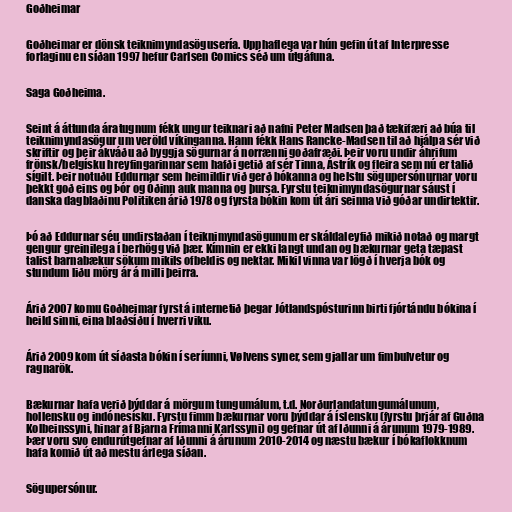
Goðheimar

Goðheimar er dönsk teiknimyndasögusería. Upphaflega var hún gefin út af Interpresse
forlaginu en síðan 1997 hefur Carlsen Comics séð um útgáfuna.

Saga Goðheima.

Seint á áttunda áratugnum fékk ungur teiknari að nafni Peter Madsen það tækifæri að búa til
teiknimyndasögur um veröld víkinganna. Hann fékk Hans Rancke-Madsen til að hjálpa sér við
skriftir og þeir ákváðu að byggja sögurnar á norrænni goðafræði. Þeir voru undir áhrifum
frönsk/belgísku hreyfingarinnar sem hafði getið af sér Tinna, Ástrík og fleira sem nú er talið
sígilt. Þeir notuðu Eddurnar sem heimildir við gerð bókanna og helstu sögupersónurnar voru
þekkt goð eins og Þór og Óðinn auk manna og þursa. Fyrstu teiknimyndasögurnar sáust í
danska dagblaðinu Politiken árið 1978 og fyrsta bókin kom út ári seinna við góðar undirtektir.

Þó að Eddurnar séu undirstaðan í teiknimyndasögunum er skáldaleyfið mikið notað og margt
gengur greinilega í berhögg við þær. Kímnin er ekki langt undan og bækurnar geta tæpast
talist barnabækur sökum mikils ofbeldis og nektar. Mikil vinna var lögð í hverja bók og
stundum liðu mörg ár á milli þeirra.

Árið 2007 komu Goðheimar fyrst á internetið þegar Jótlandspósturinn birti fjórtándu bókina í
heild sinni, eina blaðsíðu í hverri viku.

Árið 2009 kom út síðasta bókin í seríunni, Vølvens syner, sem gjallar um fimbulvetur og
ragnarök.

Bækurnar hafa verið þýddar á mörgum tungumálum, t.d. Norðurlandatungumálunum,
hollensku og indónesísku. Fyrstu fimm bækurnar voru þýddar á íslensku (fyrstu þrjár af Guðna
Kolbeinssyni, hinar af Bjarna Frímanni Karlssyni) og gefnar út af Iðunni á árunum 1979-1989.
Þær voru svo endurútgefnar af Iðunni á árunum 2010-2014 og næstu bækur í bókaflokknum
hafa komið út að mestu árlega síðan.

Sögupersónur.